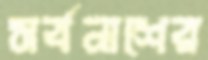
সর্বনাশের